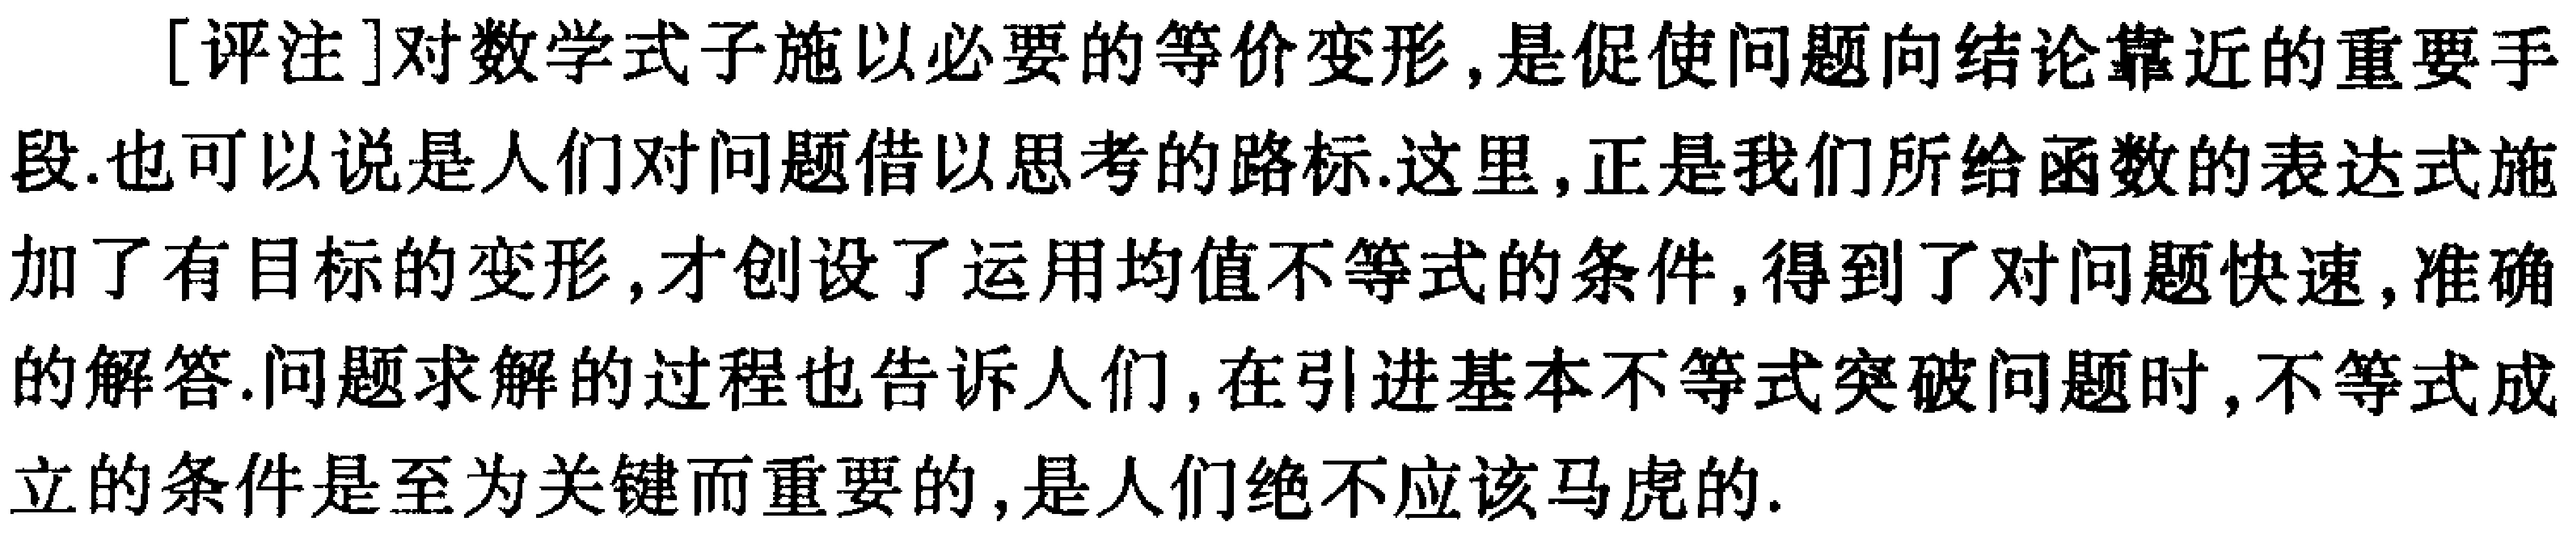
[评注]对数学式子施以必要的等价变形,是促使问题向结论靠近的重要手段.也可以说是人们对问题借以思考的路标.这里,正是我们所给函数的表达式施加了有目标的变形,才创设了运用均值不等式的条件,得到了对问题快速,准确的解答.问题求解的过程也告诉人们,在引进基本不等式突破问题时,不等式成立的条件是至为关键而重要的,是人们绝不应该马虎的.